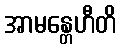
အာမန္တေဟီတိ